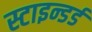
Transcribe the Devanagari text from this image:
स्टाइन्डर्ड